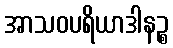
အာသဝပရိယာဒါနဉ္စ